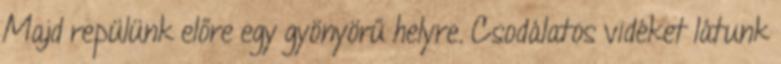
Majd repülünk előre egy gyönyörű helyre. Csodálatos vidéket látunk